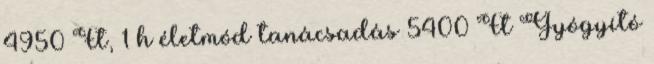
4950 Ft, 1 h életmód tanácsadás 5400 Ft Gyógyító